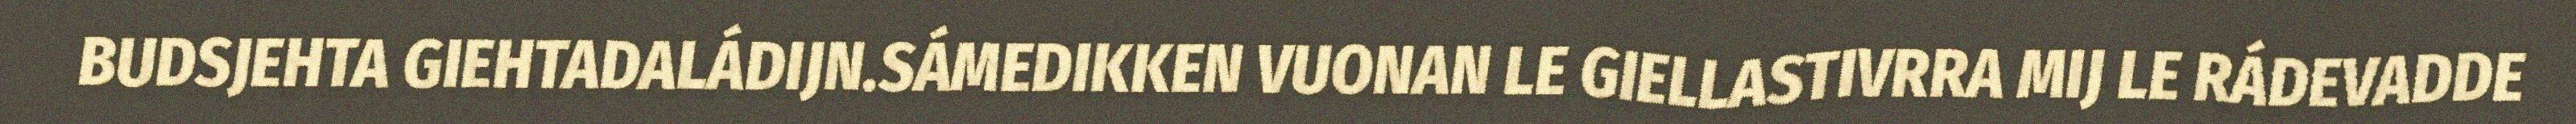
BUDSJEHTA GIEHTADALÁDIJN.SÁMEDIKKEN VUONAN LE GIELLASTIVRRA MIJ LE RÁDEVADDE